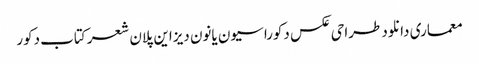
معماری دانلود طراحی عکس دکوراسیون یانون دیزاین پلان شعر کتاب دکور